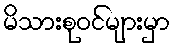
မိသားစုဝင်များမှာ